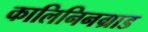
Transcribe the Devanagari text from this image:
कालिनिनग्राड